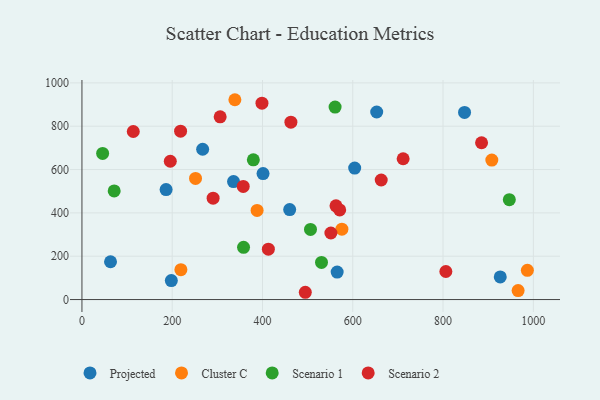
{"axis": {"x": "Distance", "y": "Demand"}, "legend": ["Cluster C", "Projected", "Scenario 1", "Scenario 2"], "data": [{"x": "198.0", "y": 87.4, "type": "Projected"}, {"x": "267.4", "y": 693.8, "type": "Projected"}, {"x": "565.4", "y": 127.0, "type": "Projected"}, {"x": "63.3", "y": 174.6, "type": "Projected"}, {"x": "653.0", "y": 865.7, "type": "Projected"}, {"x": "186.4", "y": 507.4, "type": "Projected"}, {"x": "335.8", "y": 544.5, "type": "Projected"}, {"x": "604.2", "y": 606.8, "type": "Projected"}, {"x": "847.6", "y": 863.7, "type": "Projected"}, {"x": "926.7", "y": 104.6, "type": "Projected"}, {"x": "401.2", "y": 581.3, "type": "Projected"}, {"x": "460.2", "y": 415.4, "type": "Projected"}, {"x": "388.0", "y": 411.5, "type": "Cluster C"}, {"x": "986.8", "y": 134.8, "type": "Cluster C"}, {"x": "219.2", "y": 137.7, "type": "Cluster C"}, {"x": "251.6", "y": 559.1, "type": "Cluster C"}, {"x": "575.9", "y": 325.0, "type": "Cluster C"}, {"x": "338.8", "y": 922.3, "type": "Cluster C"}, {"x": "908.0", "y": 643.9, "type": "Cluster C"}, {"x": "966.3", "y": 41.5, "type": "Cluster C"}, {"x": "560.8", "y": 888.2, "type": "Scenario 1"}, {"x": "379.7", "y": 644.8, "type": "Scenario 1"}, {"x": "530.7", "y": 171.3, "type": "Scenario 1"}, {"x": "45.8", "y": 674.6, "type": "Scenario 1"}, {"x": "71.4", "y": 501.6, "type": "Scenario 1"}, {"x": "506.3", "y": 323.8, "type": "Scenario 1"}, {"x": "946.8", "y": 461.0, "type": "Scenario 1"}, {"x": "358.0", "y": 240.9, "type": "Scenario 1"}, {"x": "562.8", "y": 432.5, "type": "Scenario 2"}, {"x": "413.0", "y": 232.3, "type": "Scenario 2"}, {"x": "398.8", "y": 906.3, "type": "Scenario 2"}, {"x": "462.9", "y": 818.7, "type": "Scenario 2"}, {"x": "357.3", "y": 522.2, "type": "Scenario 2"}, {"x": "306.2", "y": 843.6, "type": "Scenario 2"}, {"x": "806.2", "y": 129.4, "type": "Scenario 2"}, {"x": "551.5", "y": 307.1, "type": "Scenario 2"}, {"x": "195.7", "y": 638.4, "type": "Scenario 2"}, {"x": "711.6", "y": 649.9, "type": "Scenario 2"}, {"x": "494.8", "y": 33.6, "type": "Scenario 2"}, {"x": "218.5", "y": 777.3, "type": "Scenario 2"}, {"x": "290.6", "y": 467.8, "type": "Scenario 2"}, {"x": "663.0", "y": 551.8, "type": "Scenario 2"}, {"x": "113.7", "y": 775.6, "type": "Scenario 2"}, {"x": "571.0", "y": 413.8, "type": "Scenario 2"}, {"x": "885.3", "y": 723.7, "type": "Scenario 2"}]}